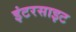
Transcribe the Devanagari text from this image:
इंटरसाइट